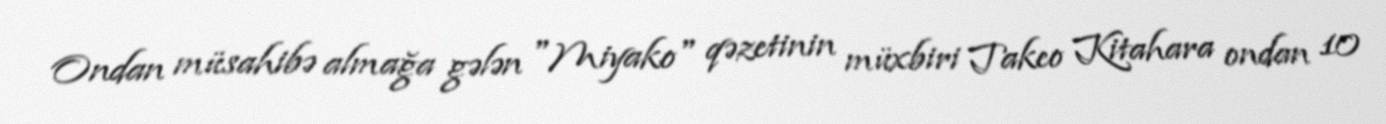
Ondan müsahibə almağa gələn "Miyako" qəzetinin müxbiri Takeo Kitahara ondan 10